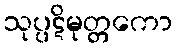
သုပ္ပဋိမုတ္တကော